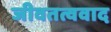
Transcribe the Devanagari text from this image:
जीवतत्ववाद